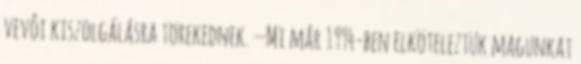
vevôi kiszolgálásra törekednek. — Mi már 1994-ben elköteleztük magunkat